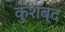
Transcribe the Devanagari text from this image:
कुशब्द